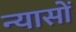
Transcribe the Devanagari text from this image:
न्‍यासों